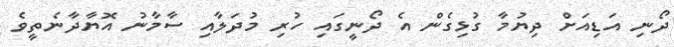
ދޯނި އަޑިއަށް ދިޔުމާ ގުޅިގެން އެ ދޯނީގައި ހުރި މުދަލާއި ސާމާނު އޮޔާދާނެތީވެ